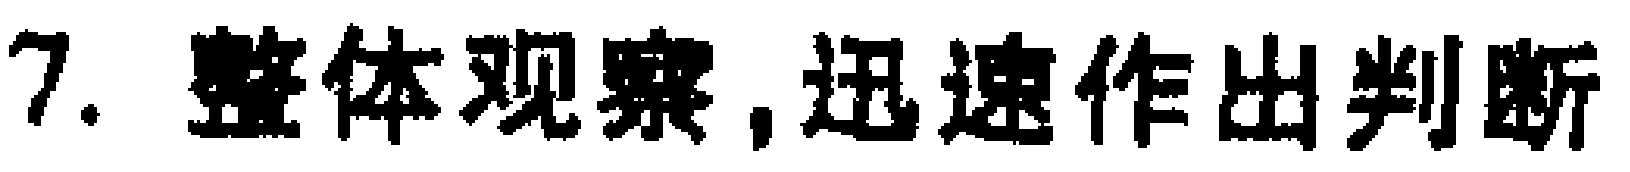
7. 整体观察,迅速作出判断